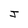
Character: J